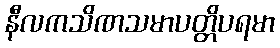
နီလကသိဏသမာပတ္တိပရမာ